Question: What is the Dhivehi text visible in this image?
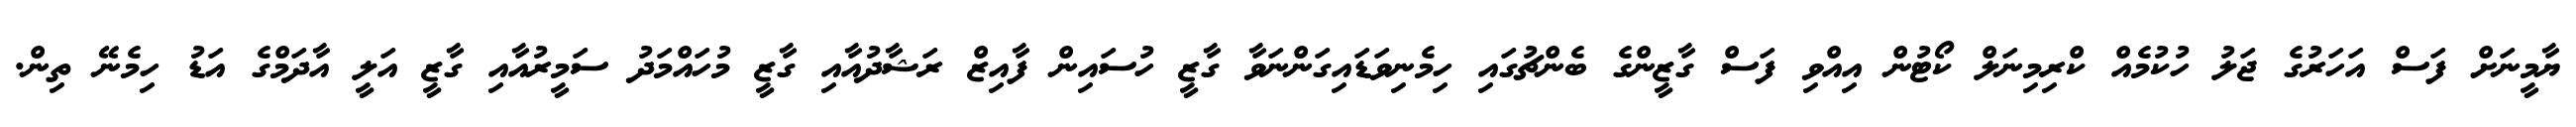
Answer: ޔާމީނަށް ފަސް އަހަރުގެ ޖަލު ހުކުމެއް ކްރިމިނަލް ކޯޓުން އިއްވި ފަސް ގާޒީންގެ ބެންޗުގައި ހިމެނިވަޑައިގަންނަވާ ގާޒީ ހުސައިން ފާއިޒް ރަޝާދުއާއި ގާޒީ މުހައްމަދު ސަމީރުއާއި ގާޒީ އަލީ އާދަމްގެ އަޑު ހިމެނޭ ތިން.